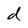
Character: d